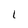
Character: 1